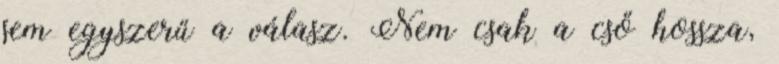
sem egyszerű a válasz. Nem csak a cső hossza,